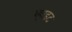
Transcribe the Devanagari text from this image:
व्हाइ़ट